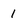
Character: 1